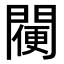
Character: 𨵸